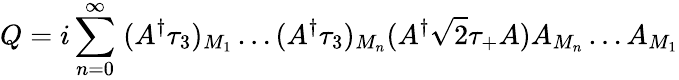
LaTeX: Q=i\sum_{n=0}^{\infty}\; (A^{\dagger}\tau_{3})_{M_{1}}\ldots(A^{\dagger}\tau_{3})_{M_{n}}(A^{\dagger}{\sqrt 2}\tau_{+}A)A_{M_{n}}\ldots A_{M_{1}}